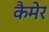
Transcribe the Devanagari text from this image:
कैमेर